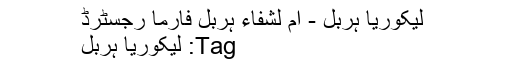
﻿ لیکوریا ہربل - اُم لشفاء ہربل فارما رجسٹرڈ
Tag: لیکوریا ہربل